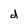
Character: d